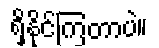
ရှိနိုင်ကြတာပဲ။